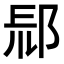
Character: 𨛞